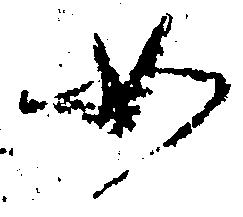
如